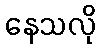
နေသလို